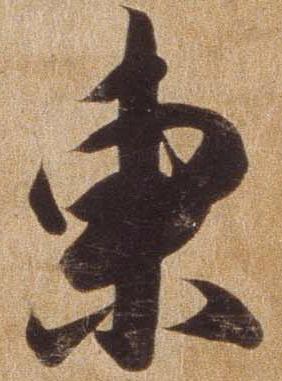
東